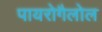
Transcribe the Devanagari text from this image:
पायरोगैलोल